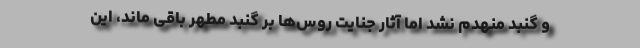
و گنبد منهدم نشد اما آثار جنایت روس‌ها بر گنبد مطهر باقی ماند، این